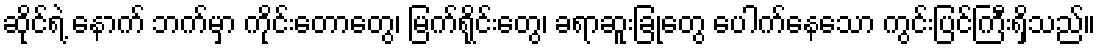
ဆိုင်ရဲ့ နောက် ဘက်မှာ ကိုင်းတောတွေ၊ မြက်ရိုင်းတွေ၊ ခရာဆူးခြုံတွေ ပေါက်နေသော ကွင်းပြင်ကြီးရှိသည်။